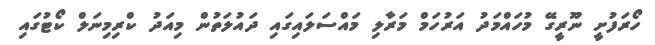
ހޯރަފުށީ ނޫރީގޭ މުހައްމަދު އަރުހަމް މަރާލި މައްސަލައިގައި ދައުލަތުން މިއަދު ކްރިމިނަލް ކޯޓުގައި